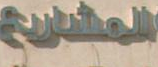
المشاريع